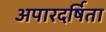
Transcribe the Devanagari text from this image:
अपारदर्षिता